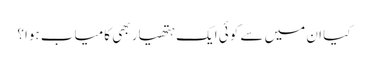
کیا ان میں سے کوئی ایک ہتھیار بھی کامیاب ہوا؟